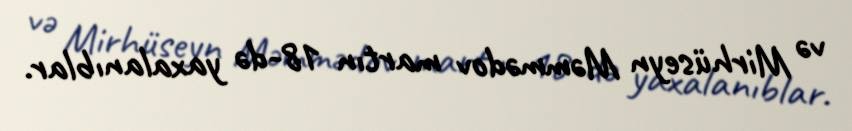
və Mirhüseyn Məmmədov martın 18-də yaxalanıblar.